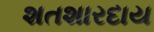
શતશારદાય